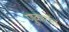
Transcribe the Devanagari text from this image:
णुकारांत